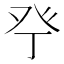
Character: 𱱴